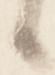
候